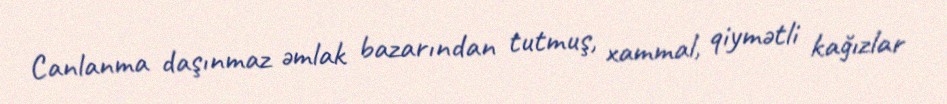
Canlanma daşınmaz əmlak bazarından tutmuş, xammal, qiymətli kağızlar